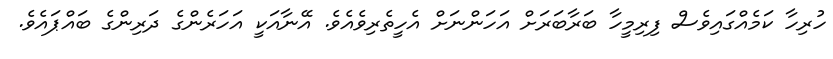
ހުރިހާ ކަމެއްގައިވެސް ފިރިމީހާ ބަރާބަރަށް އަހަންނަށް އެހީތެރިވެއެވެ. އޭނާއަކީ އަހަރެންގެ ދަރިންގެ ބައްޕައެވެ.